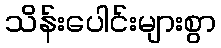
သိန်းပေါင်းများစွာ